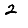
Digit: 2